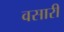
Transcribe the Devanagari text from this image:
वसारी